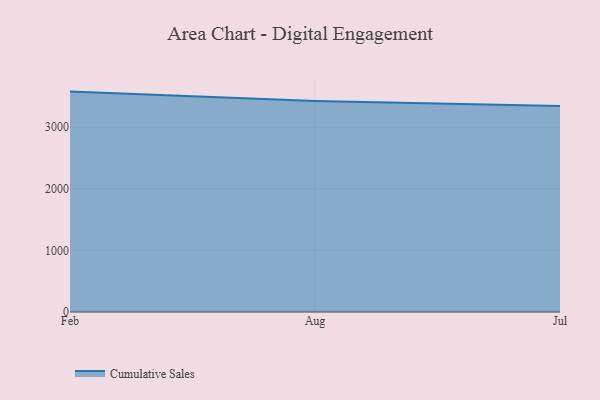
{"axis": {"x": "Month", "y": "Market Share (%)"}, "legend": ["Cumulative Sales"], "data": [{"x": "Feb", "y": 3577.2, "type": "Cumulative Sales"}, {"x": "Aug", "y": 3424.1, "type": "Cumulative Sales"}, {"x": "Jul", "y": 3343.0, "type": "Cumulative Sales"}]}